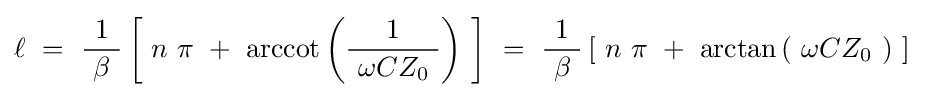
\ell ~=~{\frac {1}{\ \beta \ }}\left[\ n\ \pi \ +\ \operatorname {arccot} \left({\frac {1}{\ \omega CZ_{0}\ }}\right)\ \right]~=~{\frac {1}{\ \beta \ }}\left[\ n\ \pi \ +\ \arctan \left(\ \omega CZ_{0}\ \right)\ \right]~